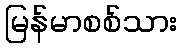
မြန်မာစစ်သား